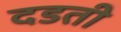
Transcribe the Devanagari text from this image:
दडती